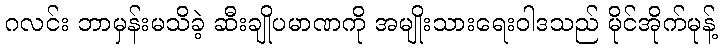
ဂလင်း ဘာမှန်းမသိခဲ့ ဆီးချိုပမာဏကို အမျိုးသားရေးဝါဒသည် မိုင်အိုက်မုန့်